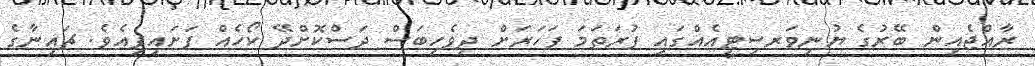
ރާއްޖެއިން ބޭރުގެ ޔުނިވަރސިޓީއެއްގައި ފުރަތަމަ ފަހަރަށް ދިވެހިބަސް ދަސްކޮށްދޭ ކޯހެއް ފަށައިފިއެވެ. ޗައިނާގެ